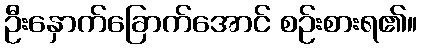
ဦးနှောက်ခြောက်အောင် စဉ်းစားရ၏။